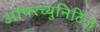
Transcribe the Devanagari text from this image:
ऑपरच्युनिटिज़